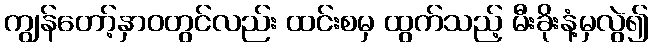
ကျွန်တော့်နှာဝတွင်လည်း ထင်းစမှ ထွက်သည့် မီးခိုးနံ့မှလွဲ၍